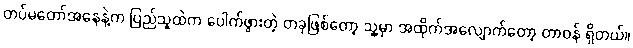
တပ်မတော်အနေနဲ့က ပြည်သူထဲက ပေါက်ဖွားတဲ့ တခုဖြစ်တော့ သူ့မှာ အထိုက်အလျောက်တော့ တာဝန် ရှိတယ်။